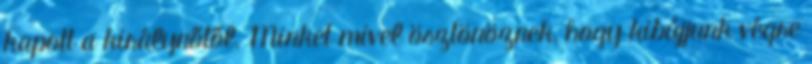
kapott a királynőtől. Minket mivel ösztönöznek, hogy kibújjunk végre